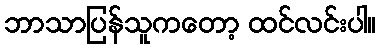
ဘာသာပြန်သူကတော့ ထင်လင်းပါ။